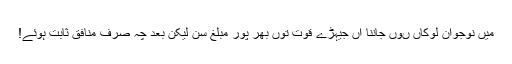
میں نوجوان لوکاں ںوں جاننا آں جیہڑے قوت توں بھر پور مبلغ سن لیکن بعد چہ صرف منافق ثابت ہوئے!